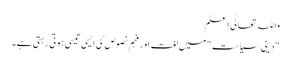
واللہ تعالٰی اعلم
"دینی سیاست" میں لغت اور فہم نصوص کی ایسی تیسی ہوتی رہتی ہے۔